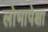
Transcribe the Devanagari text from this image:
लोभापेक्षा